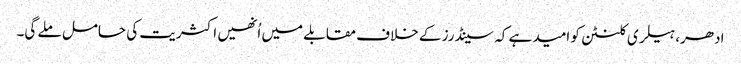
ادھر، ہیلری کلنٹن کو امید ہے کہ سینڈرز کے خلاف مقابلے میں اُنھیں اکثریت کی حامل ملے گی۔